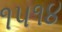
૧૫૧૪